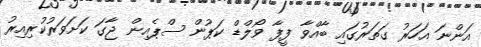
އަންނަ އަހަރު ގަތަރުގައި ބާއްވާ ފީފާ ވޯލްޑް ކަޕުން ސްޕެއިން ޖާގަ ކަށަވަރުކުރިއިރު